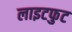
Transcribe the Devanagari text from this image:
लाइटफुट